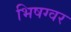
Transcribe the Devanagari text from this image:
भिषग्वर